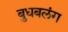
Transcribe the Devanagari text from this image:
बुधबलंग